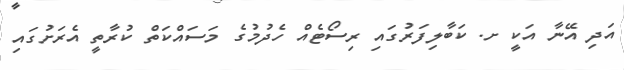
އަދި އޭނާ އަކީ ށ. ކަބާލިފަރުގައި ރިސޯޓެއް ހެދުމުގެ މަސައްކަތް ކުރާތީ އެރަށުގައި